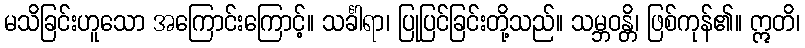
မသိခြင်းဟူသော အကြောင်းကြောင့်။ သင်္ခါရာ၊ ပြုပြင်ခြင်းတို့သည်။ သမ္ဘဝန္တိ၊ ဖြစ်ကုန်၏။ ဣတိ၊